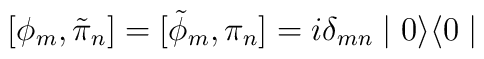
[\phi_{m} , \tilde{\pi}_{n} ] = [\tilde{\phi}_{m} , \pi_{n} ] =i \delta_{mn} \mid 0 \rangle \langle 0 \mid